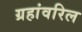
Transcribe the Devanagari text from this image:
ग्रहांवरिल